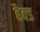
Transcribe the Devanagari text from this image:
हैक्ड